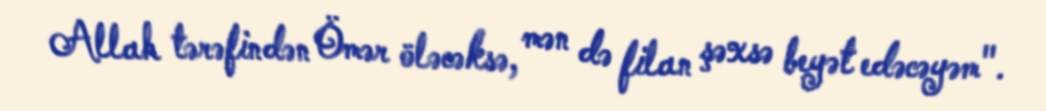
Allah tərəfindən Ömər öləcəksə, mən də filan şəxsə beyət edəcəyəm".